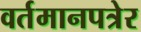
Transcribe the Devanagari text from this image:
वर्तमानपत्रेर